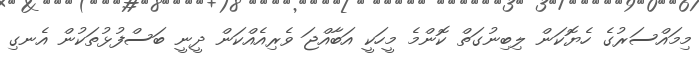
މިމައްސަރުގެ ހެޔޮކަން ލިބިނުގަތް ކޮންމެ މީހަކީ އަބާއްޖަ ވެރިއެއްކަން ދީނީ ބަސްފުޅުތަކުން އެނގި